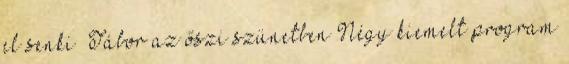
el senki” Tábor az őszi szünetben Négy kiemelt program